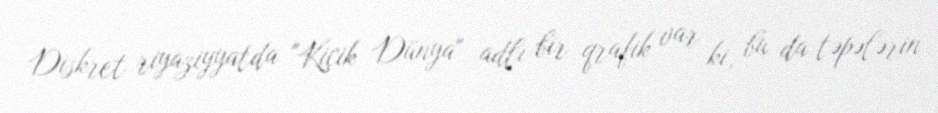
Diskret riyaziyyatda "Kiçik Dünya" adlı bir qrafik var ki, bu da təpələrin